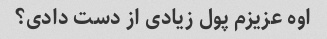
اوه عزیزم پول زیادی از دست دادی؟